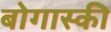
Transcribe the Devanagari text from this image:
बोगास्की